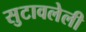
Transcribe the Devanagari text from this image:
सुटावलेली